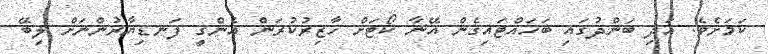
ކަަމަށެވެ. އަދި ބަންދުގައި ބަހައްޓައިގެން އޭނާ ކޯޓަށް ހާޒިރުކުރަން އެންގީ ފަނޑިޔާރުންނަށް ލިބޭ